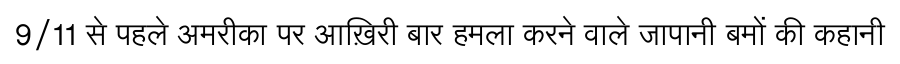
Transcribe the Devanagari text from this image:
9/11 से पहले अमरीका पर आख़िरी बार हमला करने वाले जापानी बमों की कहानी